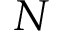
N